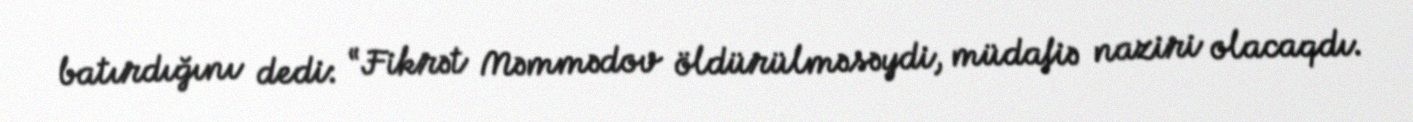
batırdığını dedi: “Fikrət Məmmədov öldürülməsəydi, müdafiə naziri olacaqdı.